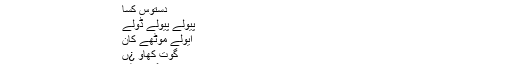
جیسے وہ ہی خرگوش ہوں ،
” سسارے سسا
دِستوس کسا
پیولے پیولے ڈولے
ایولے موٹھے کان
گوت کھاو ¿ں
پُُھگتوس ٹُم“
” اب تو اسکو ہندی میں گا“، وہ مجھے کھیل کھیل میںہندی سکھاتیں ۔